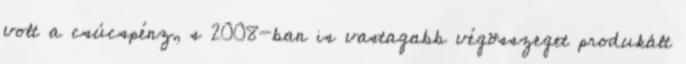
volt a csúcspénz, s 2008-ban is vastagabb végösszeget produkált